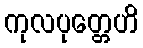
ကုလပုတ္တေဟိ